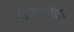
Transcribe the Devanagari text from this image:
हिंदुस्थानावरील